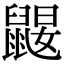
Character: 𪕤